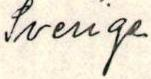
Sverige